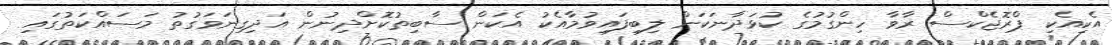
އެކިއެކި ޕްރޮޖެކްސް ރާވާ ހިންގުމުގެ ކުޅަދާނަކަން ލިބިފައިވުމާއެކު އެކަން ސާބިތުކޮށްދިނުން އަދިގިނަވަގުތު މަސައްކަތުގައި